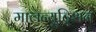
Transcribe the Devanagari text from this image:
मालन्यूट्रिशन